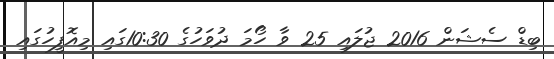
ބިޑް ސެޝަން 2016 ޖުލައި 25 ވާ ހޯމަ ދުވަހުގެ 10:30ގައި މިއޮފީހުގައި